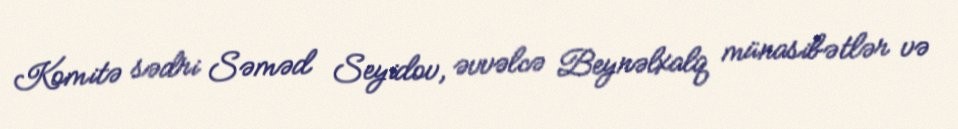
Komitə sədri Səməd Seyidov, əvvəlcə Beynəlxalq münasibətlər və